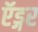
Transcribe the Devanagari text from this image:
ऍड्गर